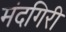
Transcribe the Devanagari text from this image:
मंदगिरी